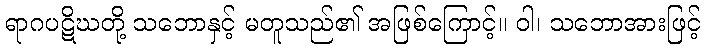
ရာဂပဋိဃတို့ သဘောနှင့် မတူသည်၏ အဖြစ်ကြောင့်။ ဝါ၊ သဘောအားဖြင့်